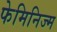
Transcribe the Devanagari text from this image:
फेमिनिज्म